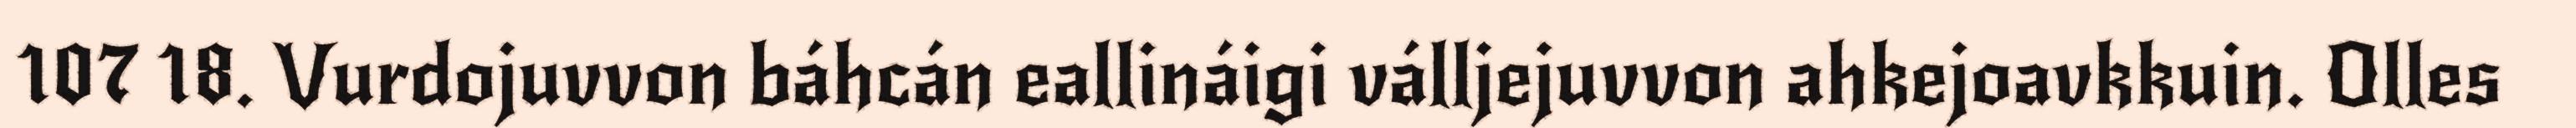
107 18. Vurdojuvvon báhcán eallináigi válljejuvvon ahkejoavkkuin. Olles